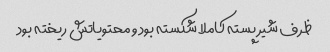
ظرف شیر پسته کاملا شکسته بود و محتویاتش ریخته بود